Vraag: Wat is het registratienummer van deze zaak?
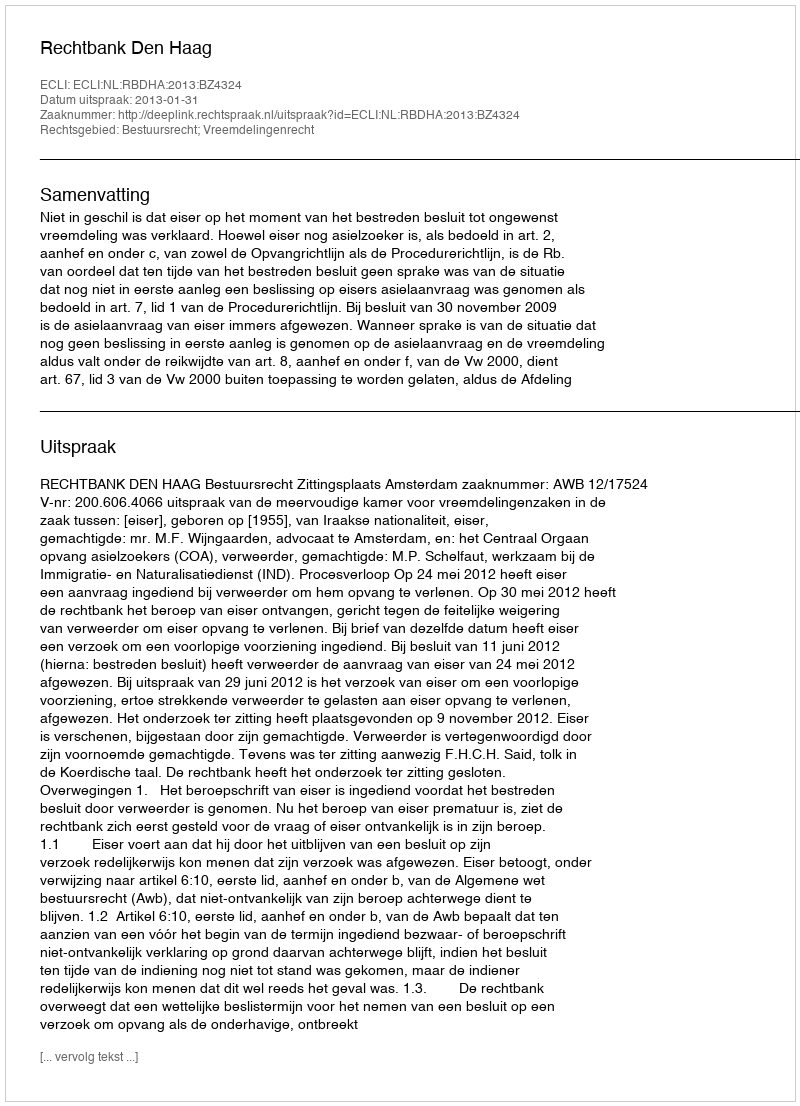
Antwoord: http://deeplink.rechtspraak.nl/uitspraak?id=ECLI:NL:RBDHA:2013:BZ4324